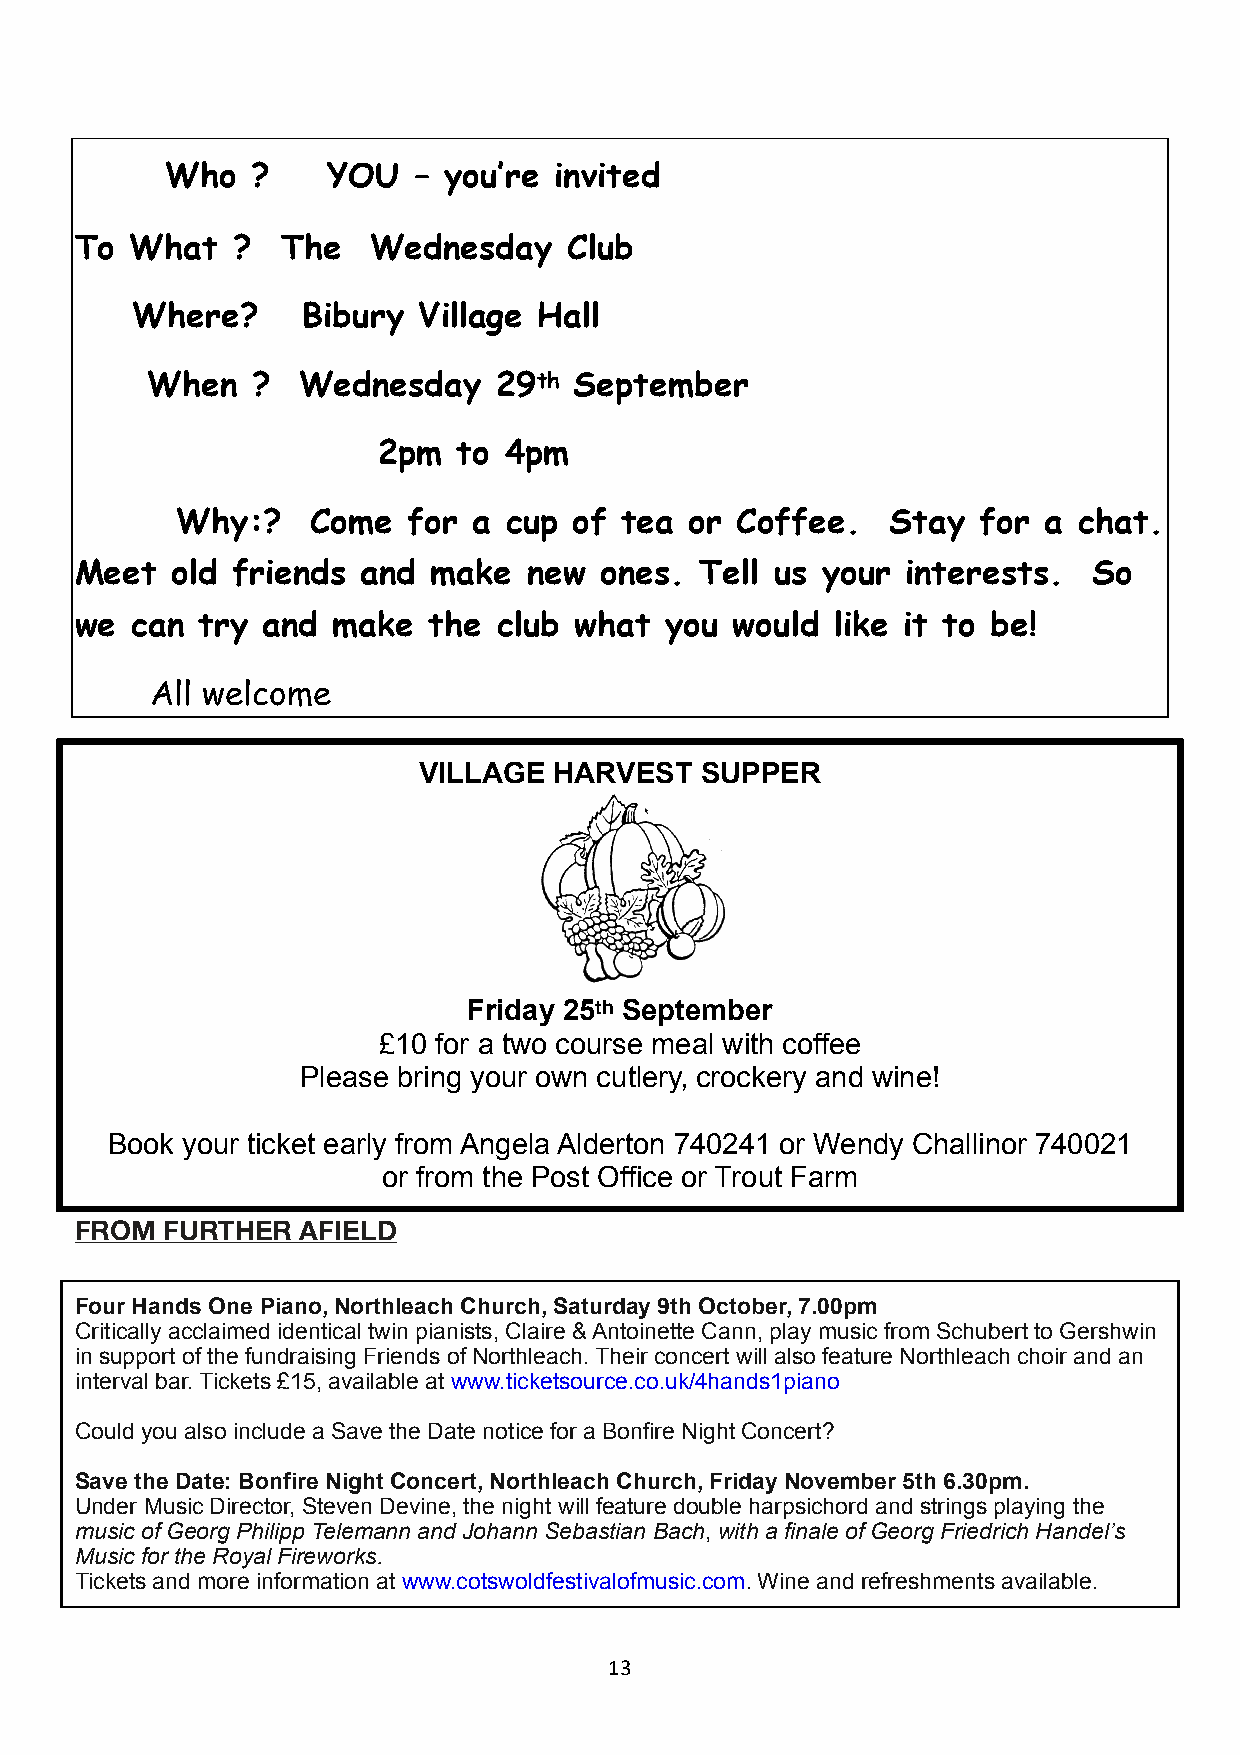
Who   ?    YOU  – you’re  invited
 To  What  ?   The   Wednesday    Club
 Where?     Bibury  Village Hall
 When   ?  Wednesday    29th September
 2pm  to 4pm
 Why:?    Come  for a cup  of tea  or Coffee.   Stay  for a chat.
 Meet  old friends  and  make  new  ones. Tell us your  interests.  So
 we  can try and  make  the  club what  you  would like it to be!
 All welcome
 VILLAGE  HARVEST  SUPPER
 Friday 25th September
 £10 for a two course meal with coffee
 Please bring your own cutlery, crockery and wine!
 Book your ticket early from Angela Alderton 740241 or Wendy Challinor 740021
 or from the Post Office or Trout Farm
 FROM  FURTHER  AFIELD
 Four Hands One Piano, Northleach Church, Saturday 9th October, 7.00pm
 Critically acclaimed identical twin pianists, Claire & Antoinette Cann, play music from Schubert to Gershwin
 in support of the fundraising Friends of Northleach. Their concert will also feature Northleach choir and an
 interval bar. Tickets £15, available at www.ticketsource.co.uk/4hands1piano
 Could you also include a Save the Date notice for a Bonfire Night Concert?
 Save the Date: Bonfire Night Concert, Northleach Church, Friday November 5th 6.30pm.
 Under Music Director, Steven Devine, the night will feature double harpsichord and strings playing the
 music of Georg Philipp Telemann and Johann Sebastian Bach, with a finale of Georg Friedrich Handel’s
 Music for the Royal Fireworks.
 Tickets and more information at www.cotswoldfestivalofmusic.com. Wine and refreshments available.
 13